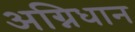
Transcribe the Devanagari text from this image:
अग्निधान